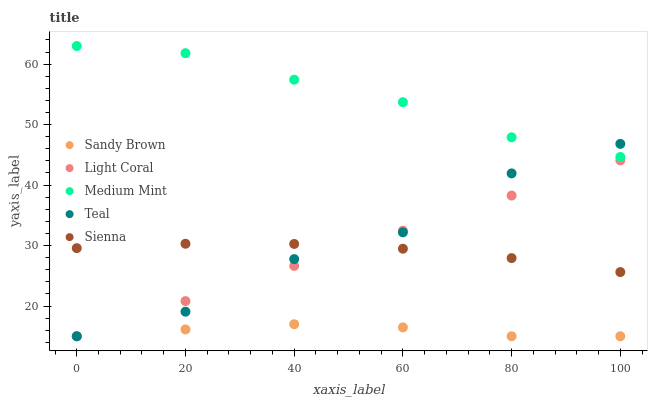
| xaxis_label | Sandy Brown | Light Coral | Medium Mint | Teal | Sienna |
 | --- | --- | --- | --- | --- | --- |
 | 0 | 15 | 15 | 63 | 15 | 29.6 |
 | 20 | 16.1 | 20.8 | 61.8 | 19.1 | 30.3 |
 | 40 | 17 | 26.6 | 57.4 | 27.8 | 30.3 |
 | 60 | 16.5 | 32.5 | 53.7 | 32.2 | 29.5 |
 | 80 | 15 | 38.3 | 47.9 | 41.9 | 27.9 |
 | 100 | 15 | 44.1 | 44.7 | 46.8 | 25.6 |